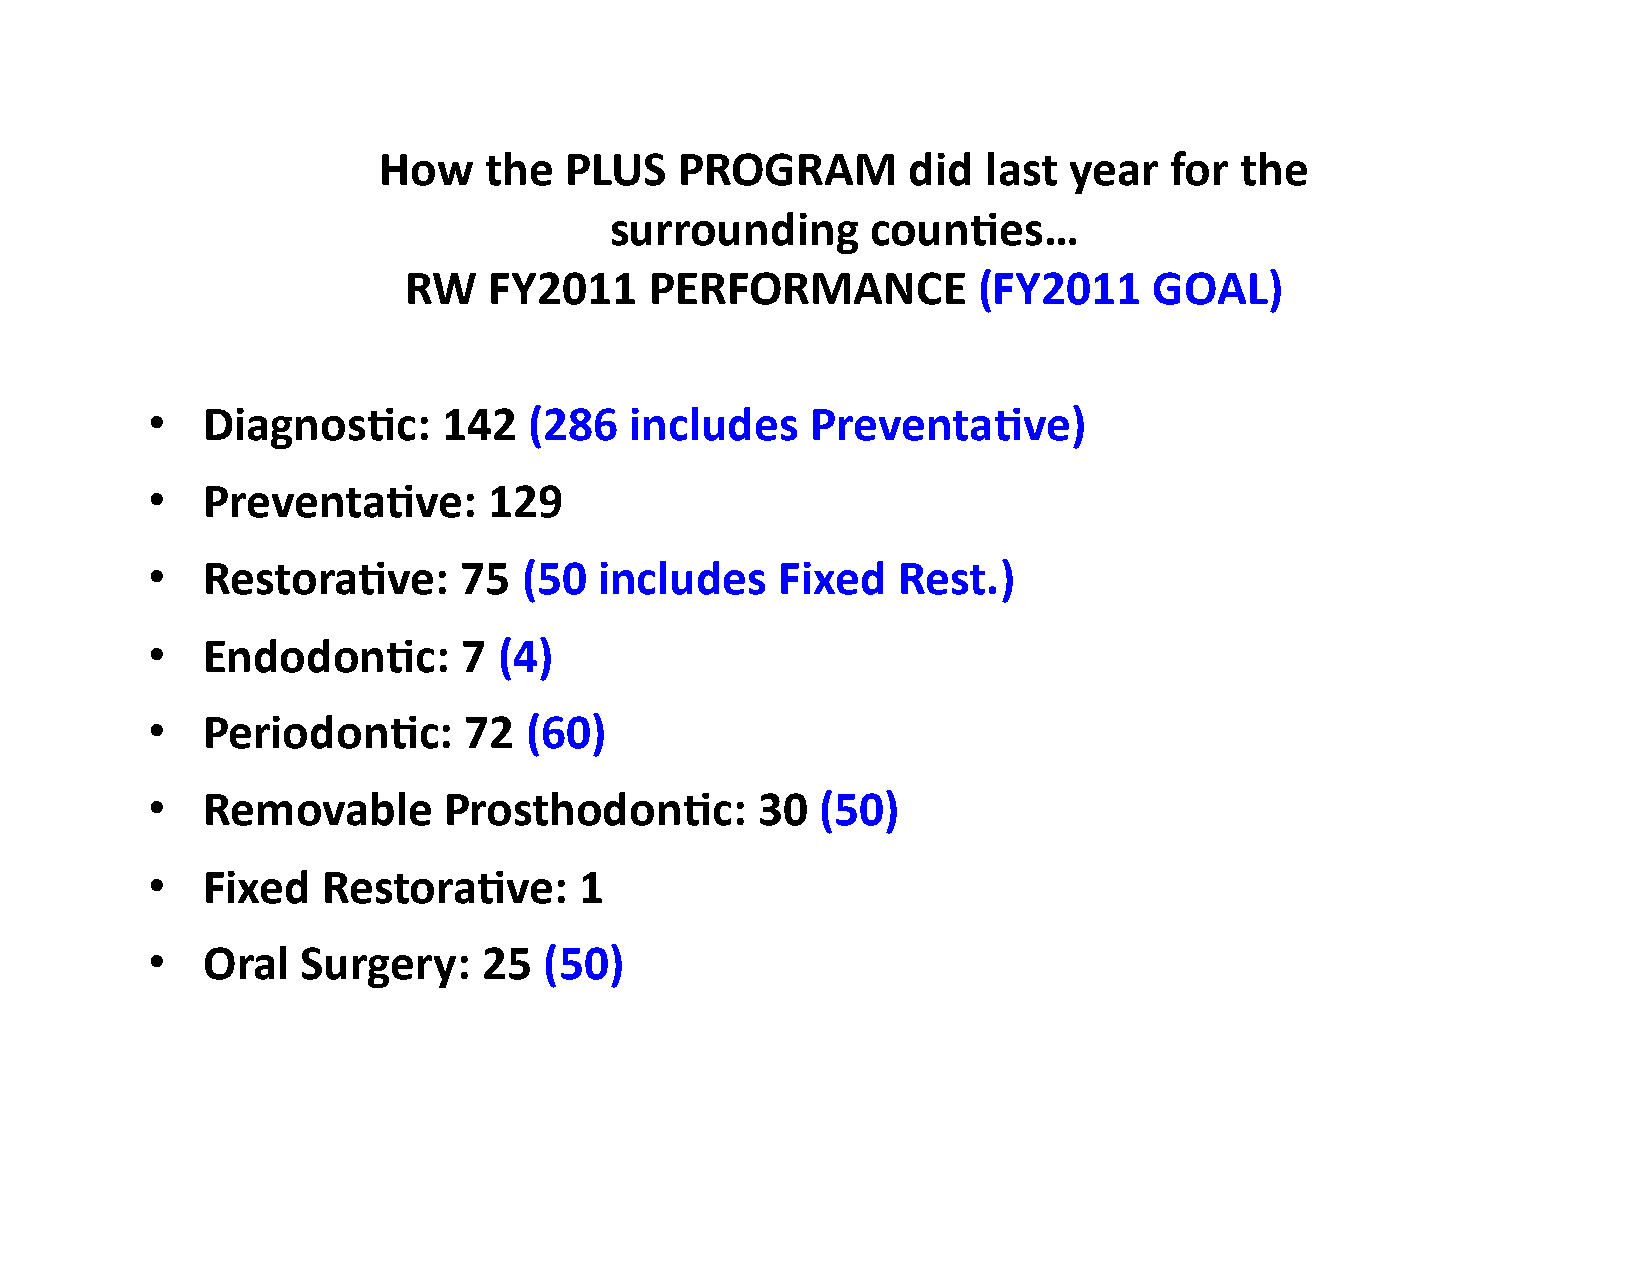
How    the  PLUS    PROGRAM        did  last  year  for  the
 surrounding       counUes…
 RW   FY2011     PERFORMANCE           (FY2011    GOAL)
 •  DiagnosUc:      142   (286   includes    PreventaUve)
 •  PreventaUve:       129
 •  RestoraUve:      75   (50  includes    Fixed  Rest.)
 •  EndodonUc:        7 (4)
 •  PeriodonUc:       72  (60)
 •  Removable       ProsthodonUc:        30  (50)
 •  Fixed   RestoraUve:      1
 •  Oral   Surgery:    25  (50)